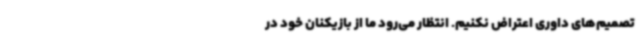
تصمیم‌های داوری اعتراض نکنیم. انتظار می‌رود ما از بازیکنان خود در